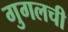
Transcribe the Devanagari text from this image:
गुगलची